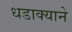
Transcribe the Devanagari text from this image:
धडाक्याने